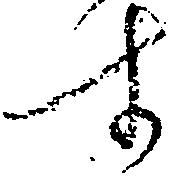
す